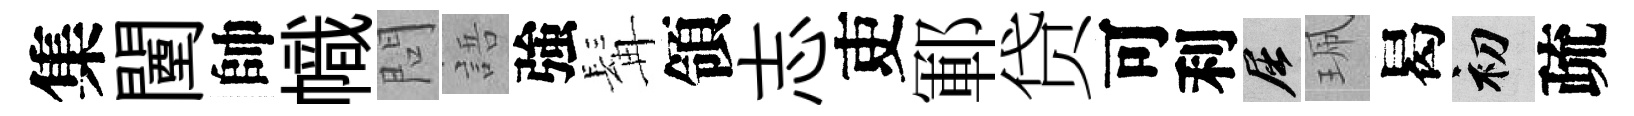
集闉帥幟問語強髯領志吏鄆贷可利屈珮曷初疏